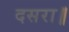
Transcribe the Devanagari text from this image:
दसरा॥